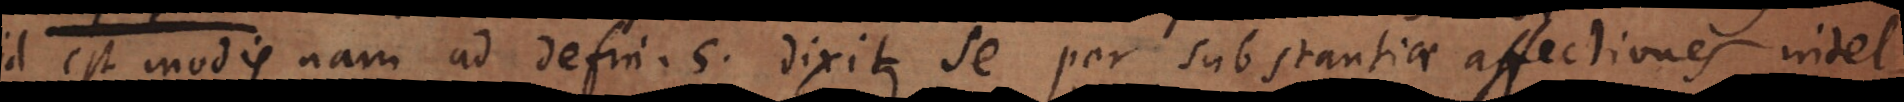
id est modis nam ad defin. 5. dixit, se per substantiae affectiones intel